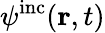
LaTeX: \psi^{\mathrm{inc}}({\mathbf r},t)